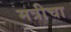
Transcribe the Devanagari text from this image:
मत्रीचा